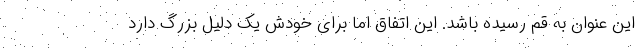
این عنوان به قم رسیده باشد. این اتفاق اما برای خودش یک دلیل بزرگ دارد